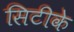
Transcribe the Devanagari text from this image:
सिटीके